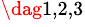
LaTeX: ^{\dag 1,2,3}